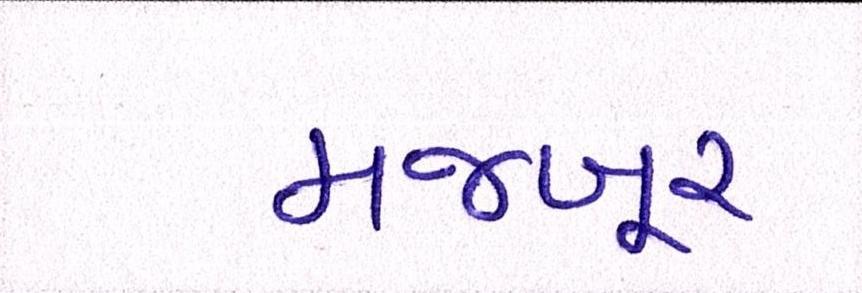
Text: મજબૂર